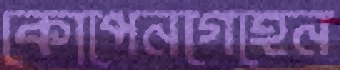
কোপেনগেহেন